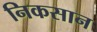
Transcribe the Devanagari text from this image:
निकसान